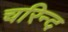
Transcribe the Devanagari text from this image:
चरिन्द